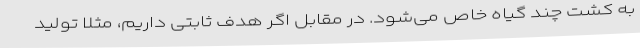
به کشت چند گیاه خاص می‌شود. در مقابل اگر هدف ثابتی داریم، مثلاً تولید